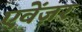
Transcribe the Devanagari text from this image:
एवेंज़र